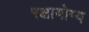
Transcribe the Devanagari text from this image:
रक्षायोग्य